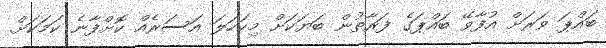
ބައްޕަ ވަރަށް އުފާވޭ ބައްޕަގެ ފަރާތުން ބަޔަކަށް މިކަހަލަ އަސަރެއް ކޮށްފާނެ ކަމަކަށް.